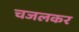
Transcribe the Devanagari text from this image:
चजलकर